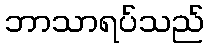
ဘာသာရပ်သည်